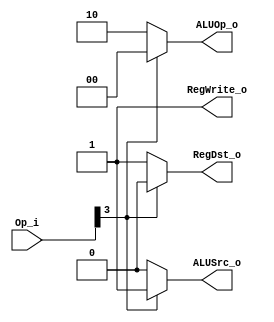
module Control // for only R-type & addi
(
    Op_i,
    RegDst_o,
    ALUOp_o,
    ALUSrc_o,
    RegWrite_o
);

// Ports
input	[0:5]		Op_i; // from wire_inst[31:26]
output				RegDst_o;
output	[1:0]		ALUOp_o;
output				ALUSrc_o;
output				RegWrite_o;

// Wires & Registers
reg					RegDst_o;
reg		[1:0]		ALUOp_o;
reg					ALUSrc_o;
reg					RegWrite_o;


always@(*) begin
    if(Op_i[2]) begin // op2 = 1 -> addi
        RegDst_o = 0;
		ALUOp_o = 2'b00;
		ALUSrc_o = 1;
		RegWrite_o = 1;
    end
    else begin // op2 = 0 -> R-type
        RegDst_o = 1;
		ALUOp_o = 2'b10;
		ALUSrc_o = 0;
		RegWrite_o = 1;
    end
end

endmodule